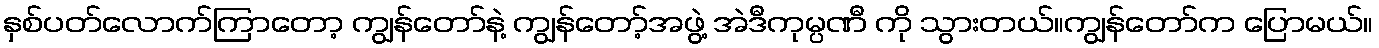
နှစ်ပတ်လောက်ကြာတော့ ကျွန်တော်နဲ့ ကျွန်တော့်အဖွဲ့ အဲဒီကုမ္ပဏီ ကို သွားတယ်။ကျွန်တော်က ပြောမယ်။